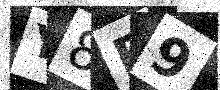
Text: Y8B9